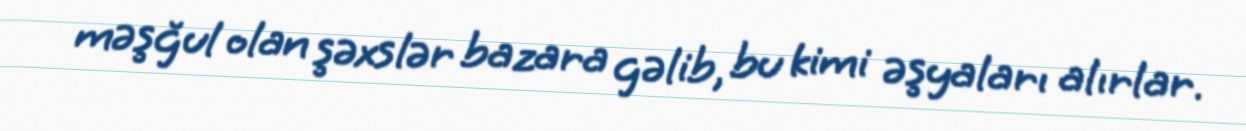
məşğul olan şəxslər bazara gəlib, bu kimi əşyaları alırlar.